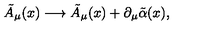
\tilde { A } _ { \mu } ( x ) \longrightarrow \tilde { A } _ { \mu } ( x ) + \partial _ { \mu } \tilde { \alpha } ( x ) ,